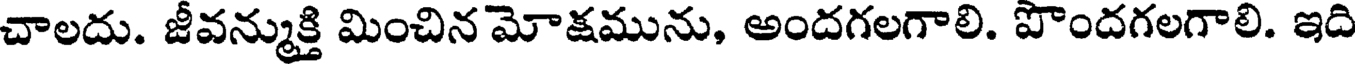
చాలదు. జీవన్ముక్తి మించిన మోక్షమును, అందగలగాలి. పొందగలగాలి. ఇది